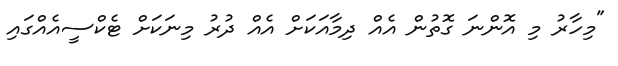
"މިހާރު މި އޮންނަ ގޮތުން އެއް ދިމާއަކަށް އެއް ދުރު މިނަކަށް ޓެކްސީއެއްގައި